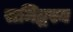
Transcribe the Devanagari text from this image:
समिद्धस्य